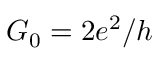
G _ { 0 } = 2 e ^ { 2 } / h